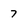
Character: 7